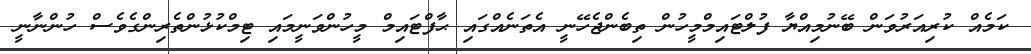
ކަމެއް ކުރިއަރުވަން ބޭނުމިއްޔާ ފުލްޓައިމްމީހުން ތިބެންޖެހޭނީ އެތަނެއްގައި ޙާފްޓައިމް މީހުންވަނީމައި ޓިމްކުޅުންތެރިންގެވެސް ހުންނާނީ